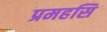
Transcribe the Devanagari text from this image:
प्रमहसि